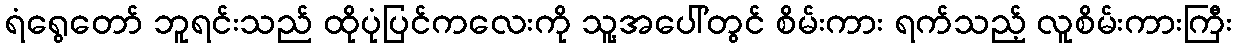
ရံရွေတော် ဘူရင်းသည် ထိုပုံပြင်ကလေးကို သူ့အပေါ်တွင် စိမ်းကား ရက်သည့် လူစိမ်းကားကြီး